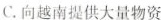
C.向越南提供大量物资